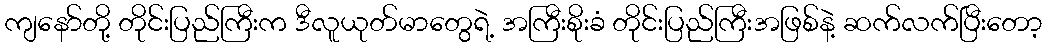
ကျနော်တို့ တိုင်းပြည်ကြီးက ဒီလူယုတ်မာတွေရဲ့ အကြီးစိုးခံ တိုင်းပြည်ကြီးအဖြစ်နဲ့ ဆက်လက်ပြီးတော့